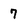
Character: 7